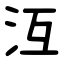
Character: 沍